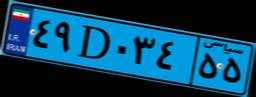
۴۹D۰۳۴۵۵